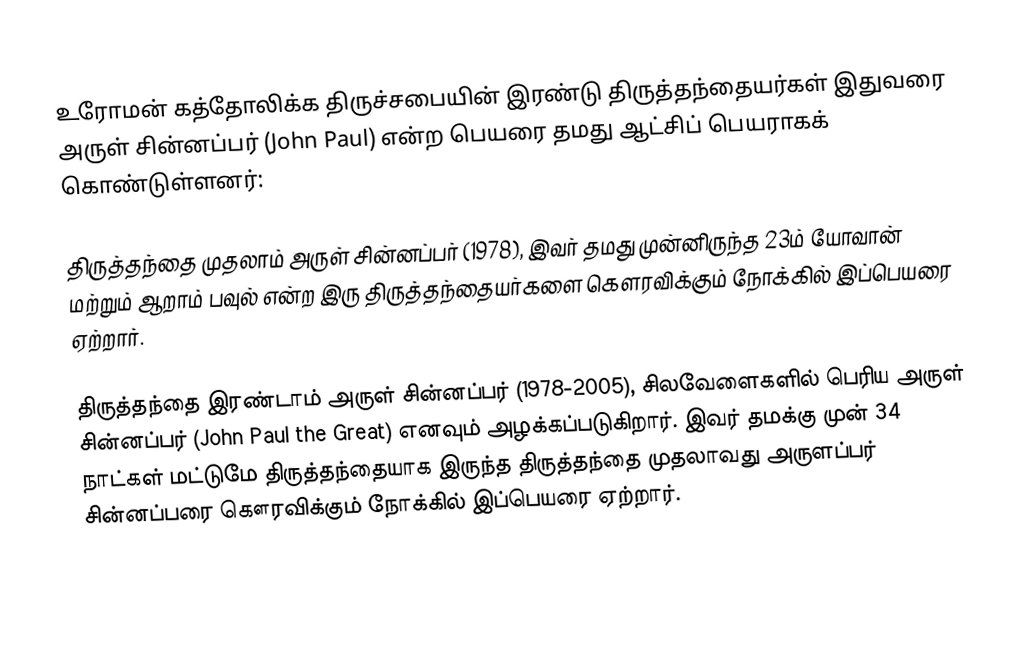
உரோமன் கத்தோலிக்க திருச்சபையின் இரண்டு திருத்தந்தையர்கள் இதுவரை அருள் சின்னப்பர் (John Paul) என்ற பெயரை தமது ஆட்சிப் பெயராகக் கொண்டுள்ளனர்:

திருத்தந்தை முதலாம் அருள் சின்னப்பர் (1978), இவர் தமது முன்னிருந்த 23ம் யோவான் மற்றும் ஆறாம் பவுல் என்ற இரு திருத்தந்தையர்களை கௌரவிக்கும் நோக்கில் இப்பெயரை ஏற்றார்.

திருத்தந்தை இரண்டாம் அருள் சின்னப்பர் (1978-2005), சிலவேளைகளில் பெரிய அருள் சின்னப்பர் (John Paul the Great) எனவும் அழக்கப்படுகிறார். இவர் தமக்கு முன் 34 நாட்கள் மட்டுமே திருத்தந்தையாக இருந்த திருத்தந்தை முதலாவது அருளப்பர் சின்னப்பரை கௌரவிக்கும் நோக்கில் இப்பெயரை ஏற்றார்.

id:Paulus#Paus Katolik Roma